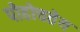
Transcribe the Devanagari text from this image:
पोहोचतेय